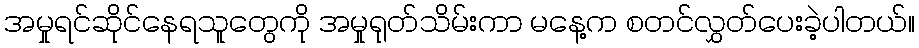
အမှုရင်ဆိုင်နေရသူတွေကို အမှုရုတ်သိမ်းကာ မနေ့က စတင်လွှတ်ပေးခဲ့ပါတယ်။